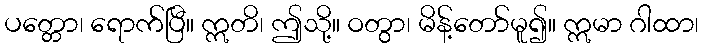
ပတ္တော၊ ရောက်ပြီ။ ဣတိ၊ ဤသို့။ ဝတွာ၊ မိန့်တော်မူ၍။ ဣမာ ဂါထာ၊